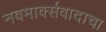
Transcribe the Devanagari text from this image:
नवमार्क्सवादाचा